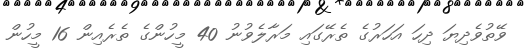
ވޭތުވެދިޔަ ދިހަ އަހަރުގެ ތެރޭގައި މަރާލެވުނު 40 މީހުންގެ ތެރެއިން 16 މީހުން